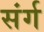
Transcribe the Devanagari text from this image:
संर्ग